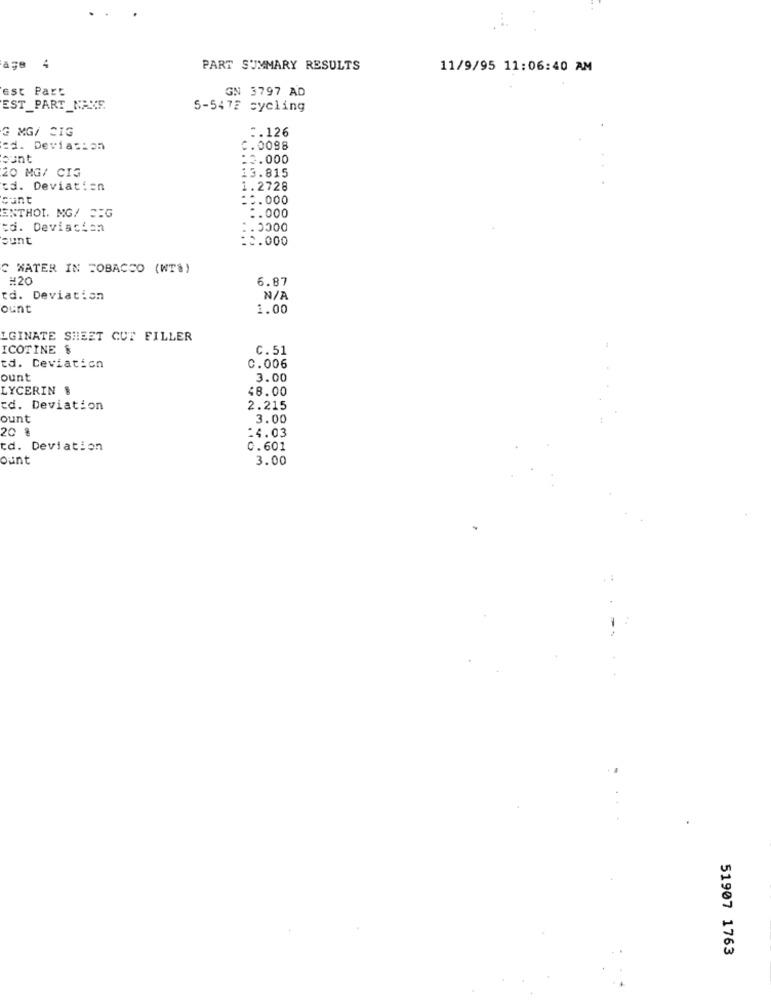
age 4
PART SUMMARY RESULTS
11/9/95 11:06:40 AM
est Part
GN 3797 AD
EST_PART_MAXE
5-5475 cycling
G MG/ CIG
:. 126
=d. Deviation
C.0098
bunt
=3.000
20 MG/ CIG
13.815
cd. Deviation
1.2728
cunt
=0.000
ENTHOL MG/ SIG
:. 000
cd. Deviscion
1.0000
ount
=0.000
C WATER IN TOBACCO (WT$)
#20
6.87
rd. Deviation
ount
1.00
LGINATE SHEET CUT FILLER
ICOTINE &
C. 51
td. Deviation
C.006
ount
3.00
LYCERIN .
$8.00
cd. Deviation
2.215
ount
3.00
20 %
:4.03
cd. Deviation
0.601
ount
3.00
51907 1763